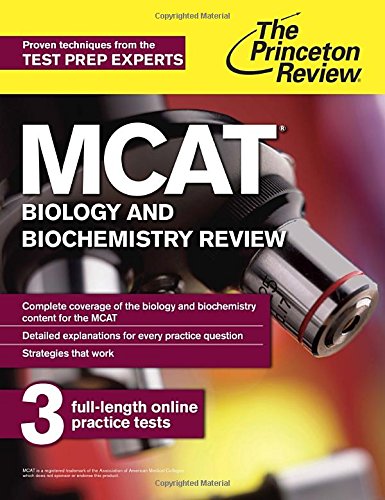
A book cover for MCAT Biology and Biochemistry Review: New for MCAT 2015 (Graduate School Test Preparation); Princeton Review; Test Preparation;